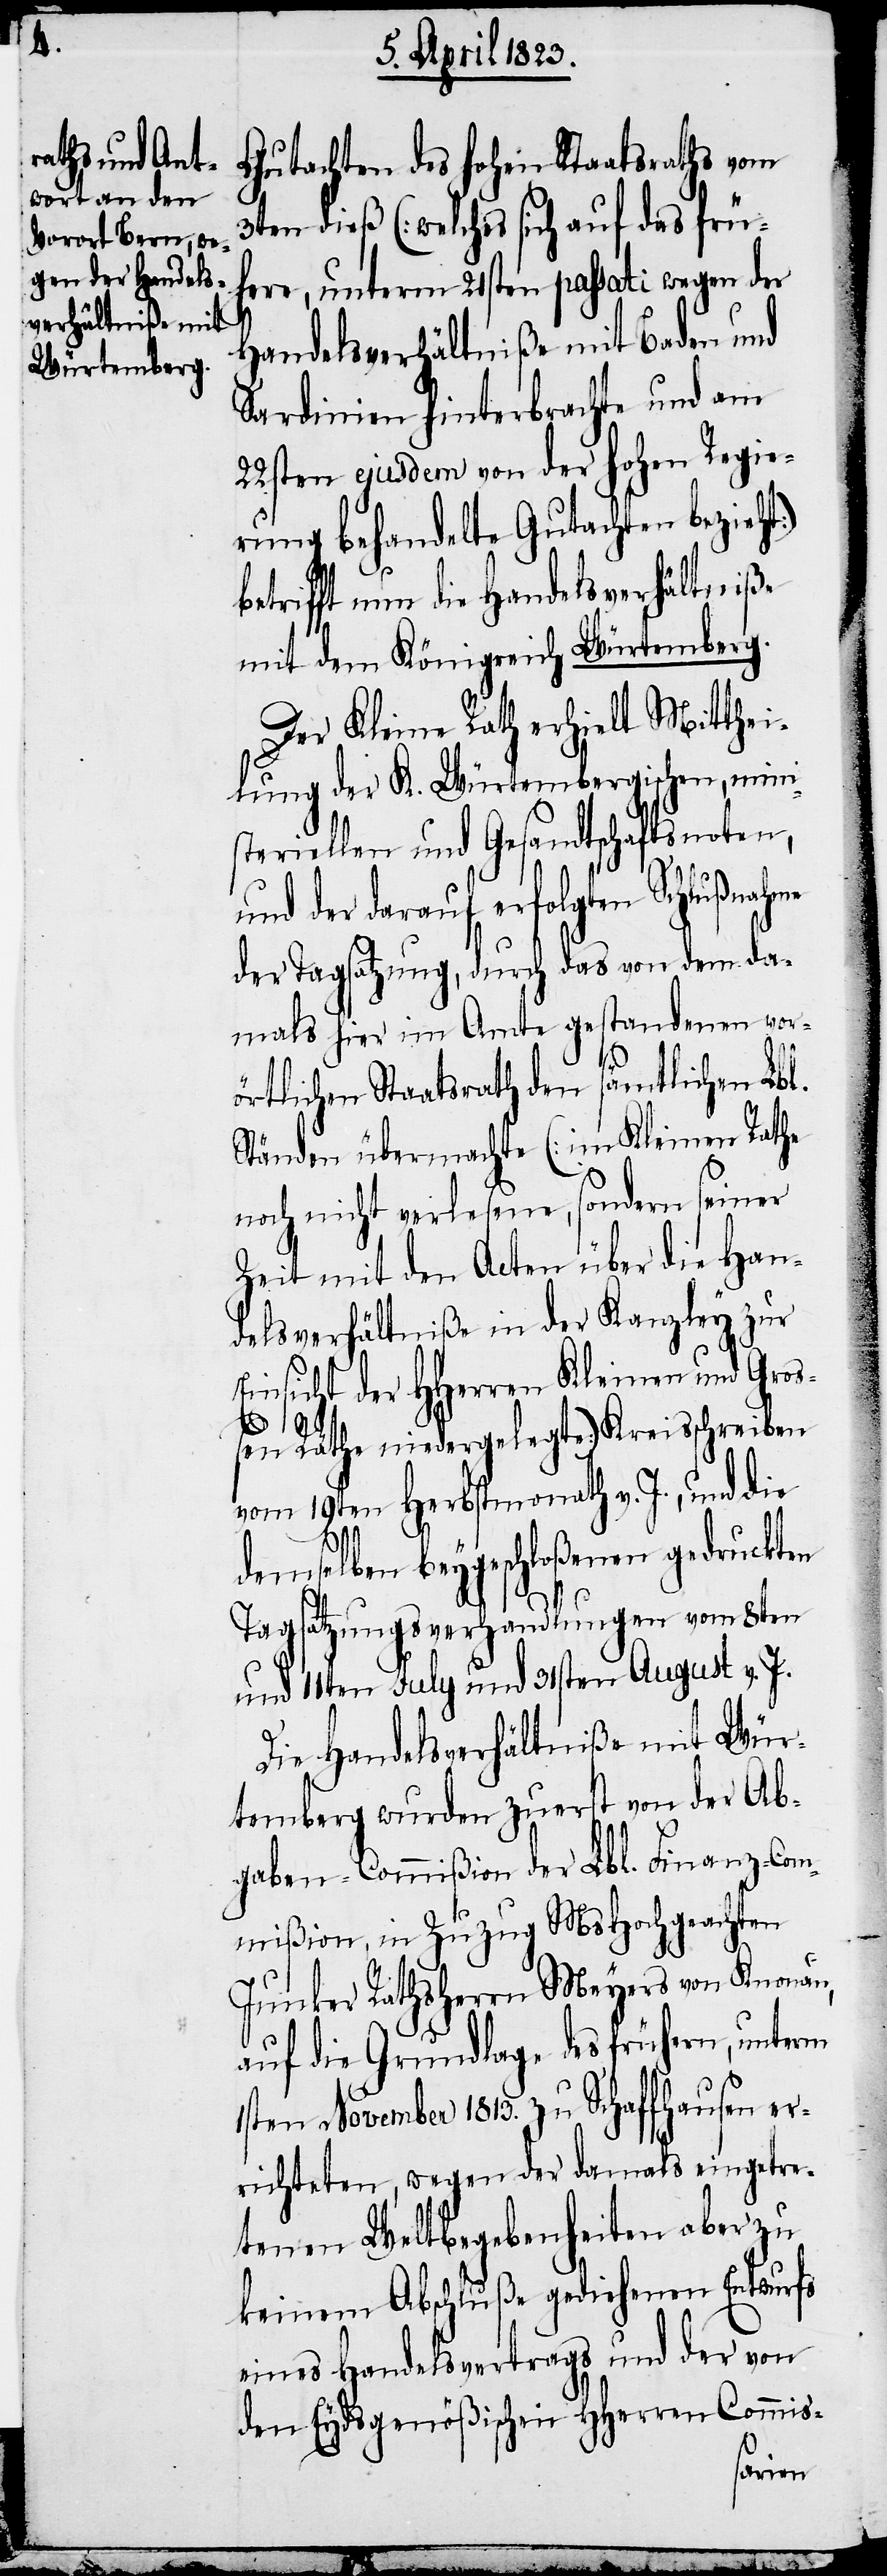
Gutachten des hohen Staatsraths vom
3ten dieß (welches sich auf das frü¬
here, unterm 21sten passati wegen der
Handelsverhältniße mit Baden und
Sardinien hinterbrachte und am
22sten ejusdem von der hohen Regie¬
rung behandelte Gutachten bezieht)
betrifft nun die Handelsverhältniße
mit dem Königreich Würtemberg.
Der Kleine Rath erhielt Mitthei¬
lung der K. Würtembergischen, mini¬
steriellen und Gesandtschaftsnoten,
und der darauf erfolgten Schlußnahme
der Tagsatzung, durch das von dem da¬
mals hier im Amte gestandenen vor¬
örtlichen Staatsrath den sämtlichen Lbl.
Ständen übermachte (im Kleinen Rathe
noch nicht verlesene, sondern seiner
Zeit mit den Acten über die Han¬
delsverhältniße in der Kanzley zur
Einsicht der HHerren Kleinen und Groß¬
en Räthe niedergelegte) Kreisschreiben
vom 19ten Herbstmonath v. J., und die
demselben beygeschloßenen gedruckten
Tagsatzungsverhandlungen vom 8ten
und 11ten July und 31sten August v. J.
Die Handelsverhältniße mit Wür¬
temberg wurden zuerst von der Ab¬
gaben-Commißion der Lbl. Finanz-Com¬
mißion, in Zuzug MsHochgeachten
Junker Rathsherrn Meyers von Knonau,
auf die Grundlage des frühern, unterm
1sten November 1813. zu Schaffhausen er¬
richteten, wegen der damals eingetre¬
tenen Weltbegebenheiten aber zu
keinem Abschluße gediehenen Entwurfs
eines Handelsvertrags und der von
den Eydsgenößischen HHerren Commis-